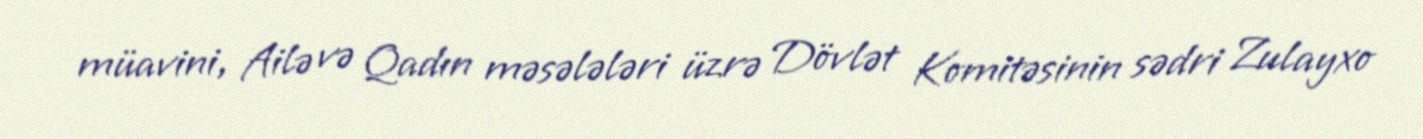
müavini, Ailə və Qadın məsələləri üzrə Dövlət Komitəsinin sədri Zulayxo